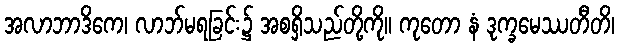
အလာဘာဒိကေ၊ လာဘ်မရခြင်း၌ အစရှိသည်တို့ကို။ ကုတော နံ ဒုက္ခမေဿတီတိ၊